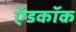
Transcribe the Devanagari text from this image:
ऍडकॉक